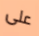
على